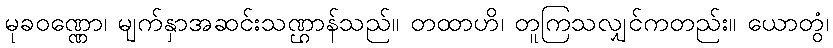
မုခဝဏ္ဏော၊ မျက်နှာအဆင်းသဏ္ဌာန်သည်။ တထာဟိ၊ တူကြသလျှင်ကတည်း။ ယောတွံ၊